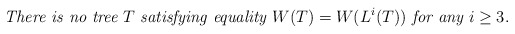
\begin{align*}\mbox{\it There is no tree }T\mbox{ \it satisfying equality }W(T)=W(L^i(T))\mbox{ \it for any } i\ge 3.\end{align*}